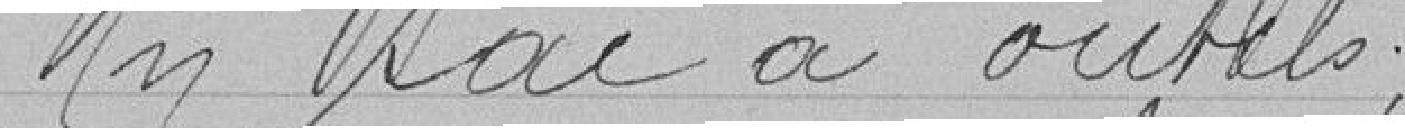
Un sac à outils